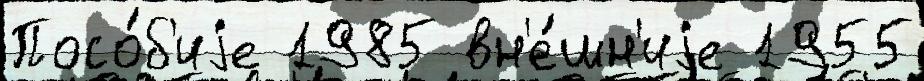
Посо́б'иjе 1985 вн'е́шн'иjе 1955